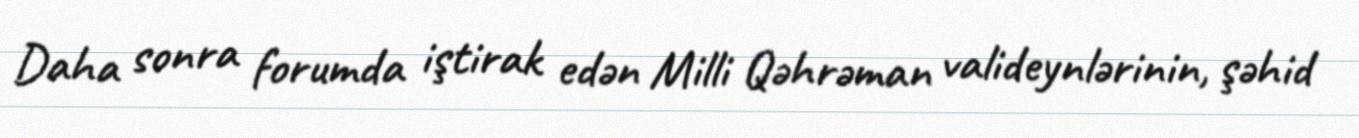
Daha sonra forumda iştirak edən Milli Qəhrəman valideynlərinin, şəhid